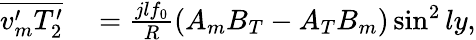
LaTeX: \begin{array}{rl}{\overline{{v_{m}^{\prime}T_{2}^{\prime}}}}&{{}=\frac{jlf_{0}}{R}\left({A_{m}B_{T}}-{A_{T}B_{m}}\right)\sin^{2}ly,}\end{array}